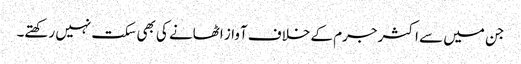
جن میں سے اکثر جرم کے خلاف آواز اٹھانے کی بھی سکت نہیں رکھتے۔